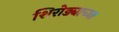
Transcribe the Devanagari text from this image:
शिरोड्याच्या